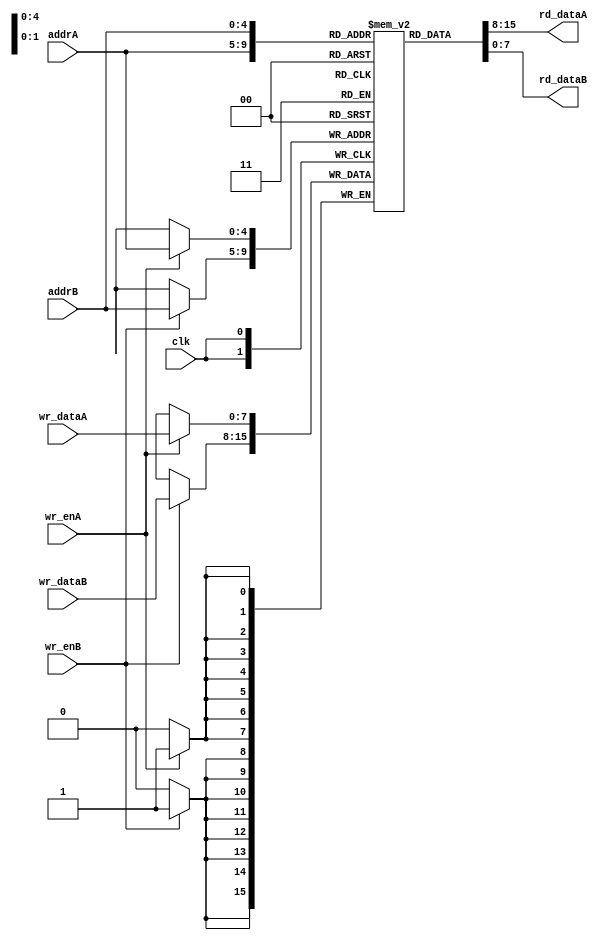
`timescale 1ns / 1ps
`default_nettype none
//////////////////////////////////////////////////////////////////////////////////
// Company: 
// Engineer: 
// 
// Design Name: 
// Module Name:    scanline_ram 
// Project Name: 
// Target Devices: 
// Tool versions: 
// Description: 
//
// Dependencies: 
//
// Revision: 
// Revision 0.01 - File Created
// Additional Comments: 
//
//////////////////////////////////////////////////////////////////////////////////
module scanline_ram(//Outputs
					rd_dataA, rd_dataB,
					//Inputs
					clk,
					wr_enA, wr_enB,
					addrA, addrB,					
					wr_dataA, wr_dataB
					);
	//Outputs
	output [7:0] rd_dataA, rd_dataB;
	//Inputs
	input clk;
	input wr_enA, wr_enB;
	input [4:0] addrA, addrB;
	input [7:0] wr_dataA, wr_dataB;
	
	reg [7:0] RAM [19:0];
	
	always @(posedge clk) begin
		if (wr_enA) RAM[addrA] <= wr_dataA;
		if (wr_enB) RAM[addrB] <= wr_dataB;
	end
	
	assign rd_dataA = RAM[addrA];
	assign rd_dataB = RAM[addrB];

endmodule